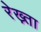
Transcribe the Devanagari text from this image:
रेख़्ता